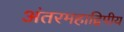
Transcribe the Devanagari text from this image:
अंतरमहाद्विपीय